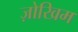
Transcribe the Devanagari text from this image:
ज़ोखिम